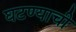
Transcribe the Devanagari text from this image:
घटण्याची